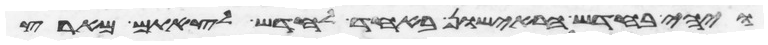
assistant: החדש הראישון באחד לחדש תקים את